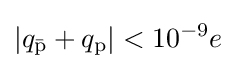
\left|{q_{\bar {\text{p}}}+q_{\text{p}}}\right|<10^{-9}e